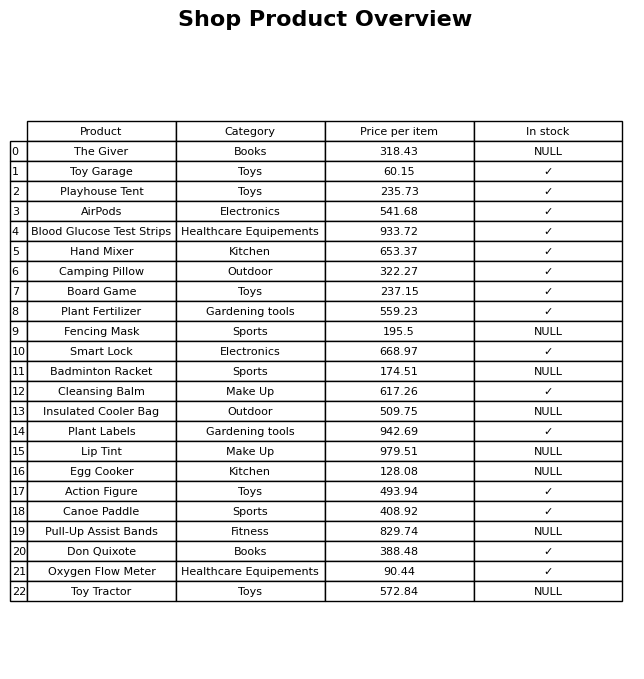
question: What is the stock status of the Lip Tint?
answer: NULL